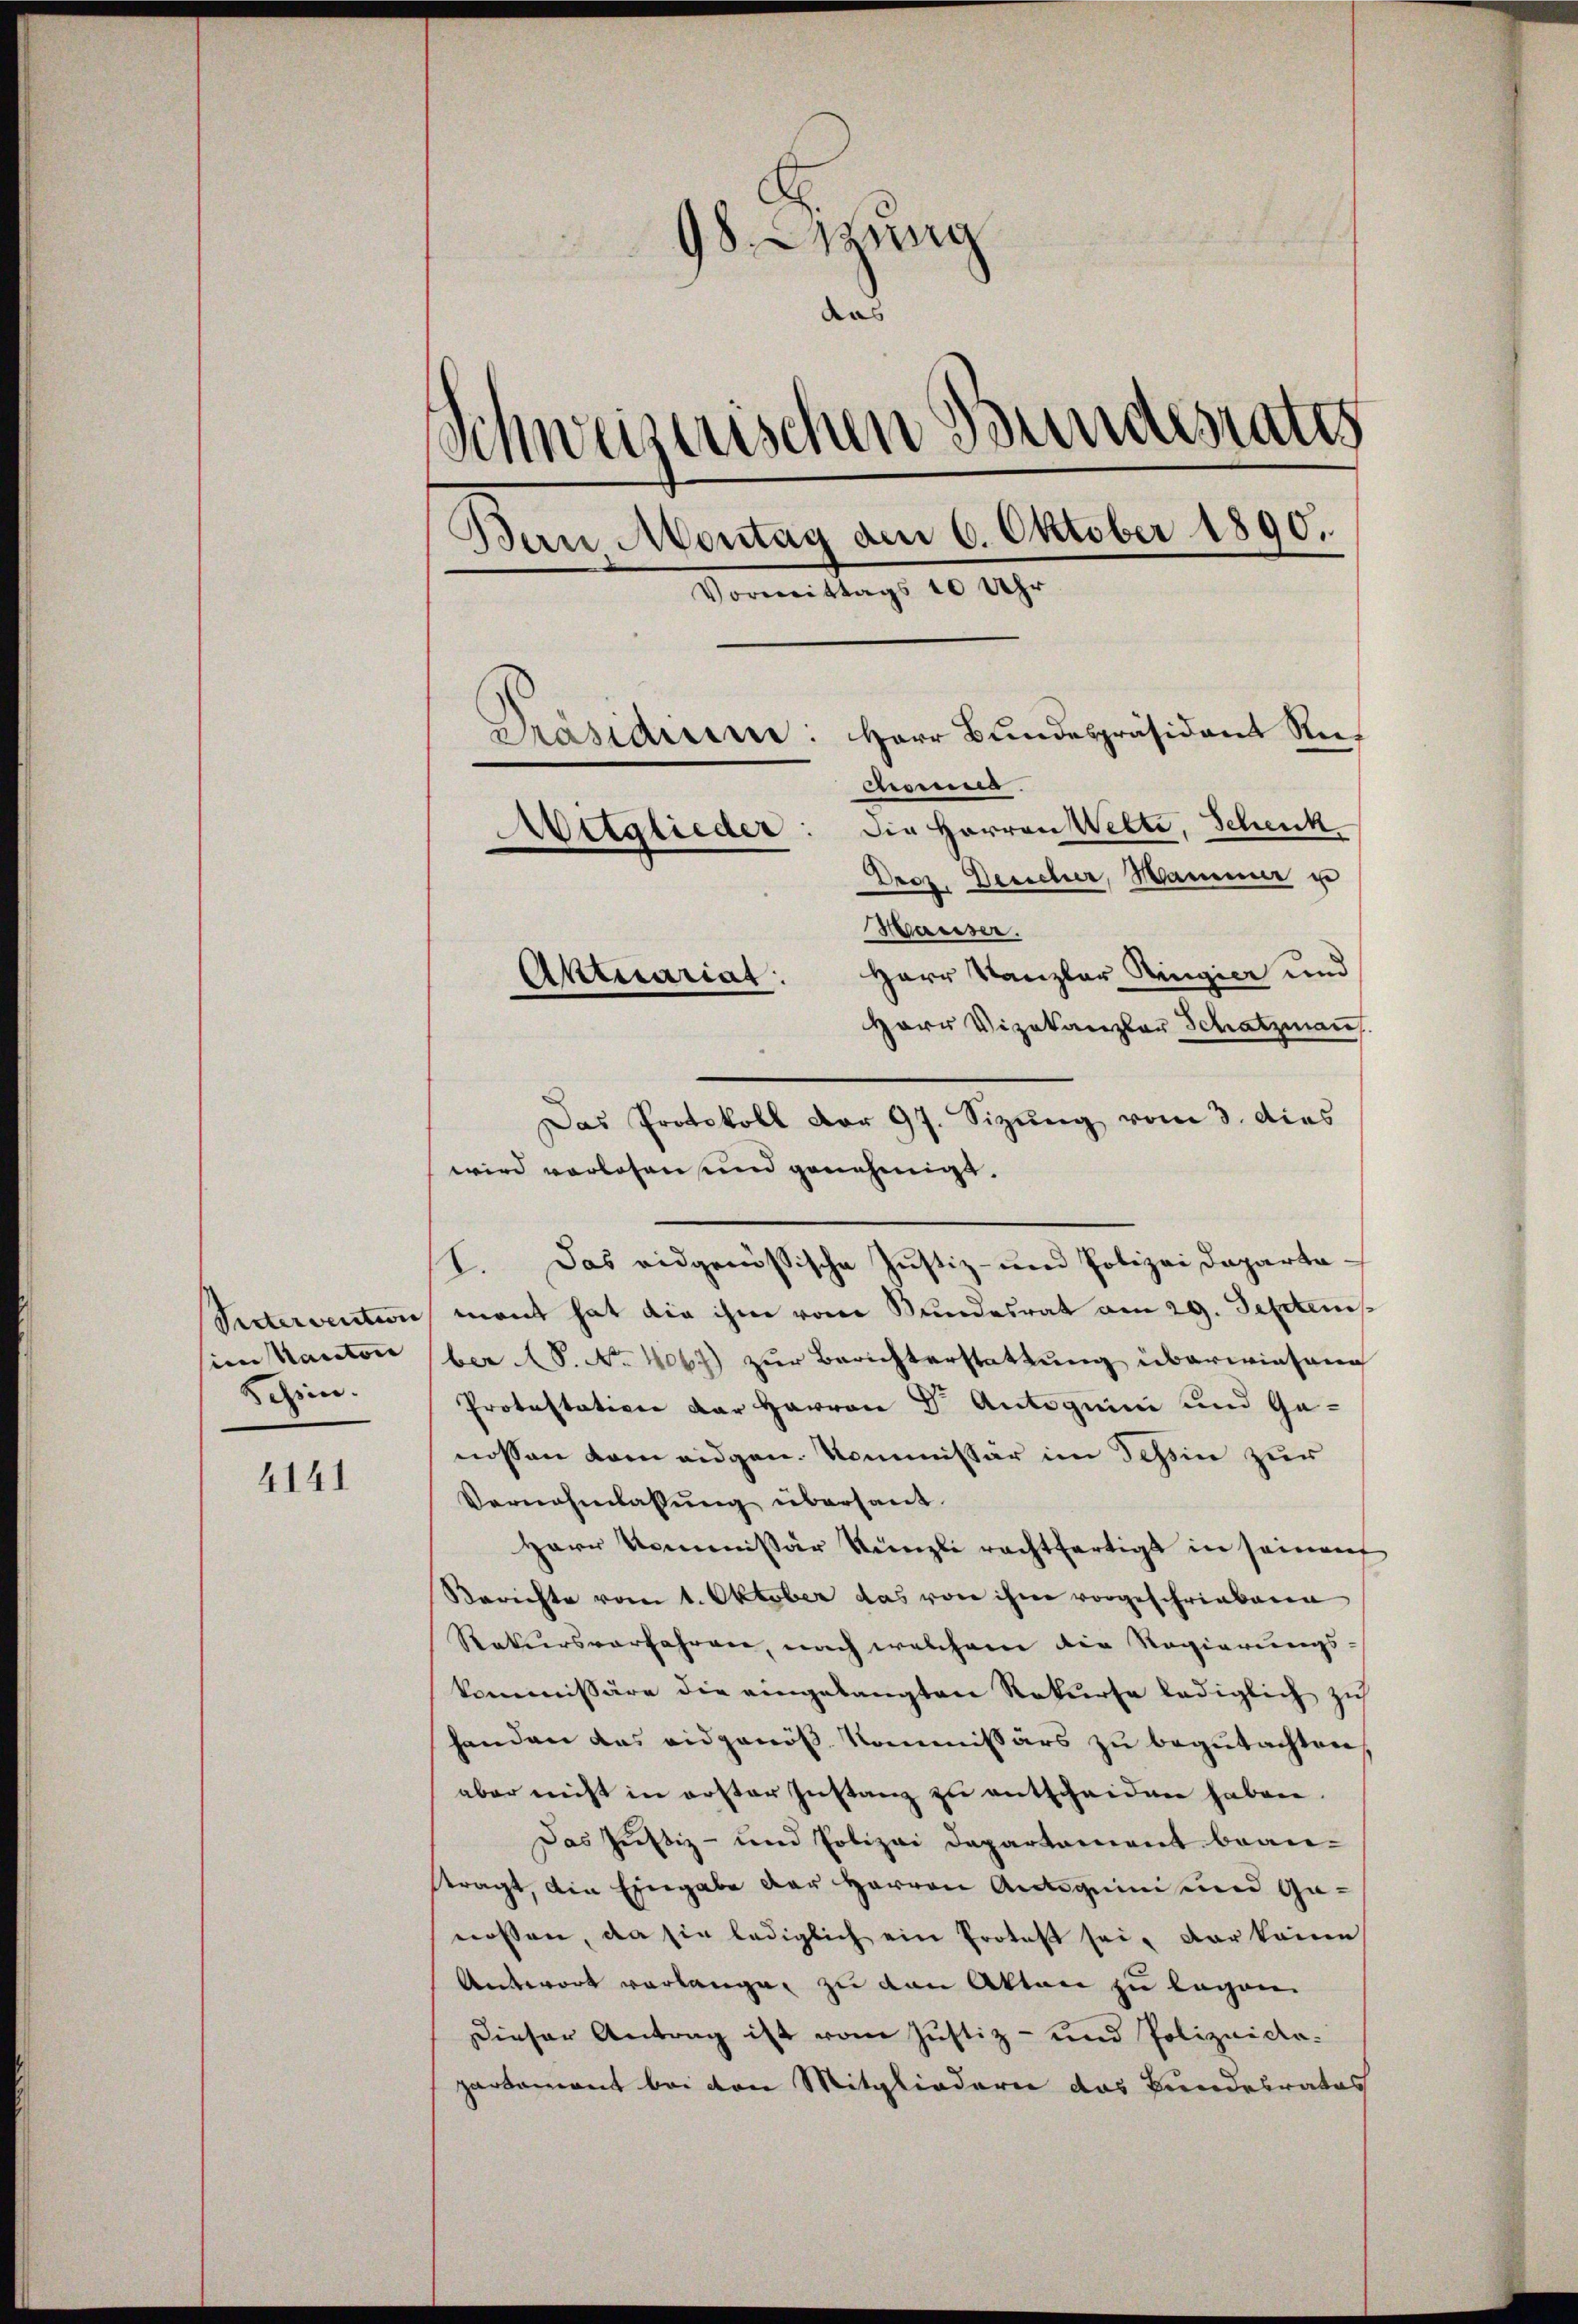
sien Kantone
Schein.

4141

98. Jung
.
Schweizerischen Bundesrates
Bern Montag den 6. Oktober 1890.
Vormittags 10 Uhr
Herr Bundespräsident Ruf
Präsidium:
chema.
Wetglieder: Die Herren Welte, Schenk
e
Droz. Desicher, Hammer u
Hauser.
Herr Kanzler Ringier und
Aktuariat:

Herr Vizekanzler Schatzman
wird vorlesen und genehmigt.
V. Das eidgenössische Justiz- und Polizei Daparta¬
Sectervention, mant hat die ihm vom Bundesrat am 29. Septem
ber 8. No 1067.) zur Berichterstattung überwiesend
Protestation der Harron Dr. Antoguin und Genossen vom eidgen. Kommissär im Tessin zur
Vernehmlassŭng übersant.
Herr Kommissär Künzli rechtfertigt in seinen
Berichte vom 1. Oktober das von ihre vorgeschriebene
Rekursverfahren, nach welchem die Regierungs-
kommissäre die eingelangten Rekurse lediglich zu
handen das eidgenöß Kommissärs zu begutachten,
aber nicht in erster Instanz zu entscheiden haben.
Das Justiz- und Polizei Departement bean-
tragt, die Eingabe der Herren Antiquin und Ganossen, da sie lediglich ein Protes sei, dar keine
Antwort verlange, zu den Akten zu legen.
Dieser Antrag ist vom Justiz- und Polizeidapartement bei von Mitgliedern das Bundesrates

Das Protokoll vor 97. Sizung vom 3. dies